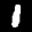
Label: 1